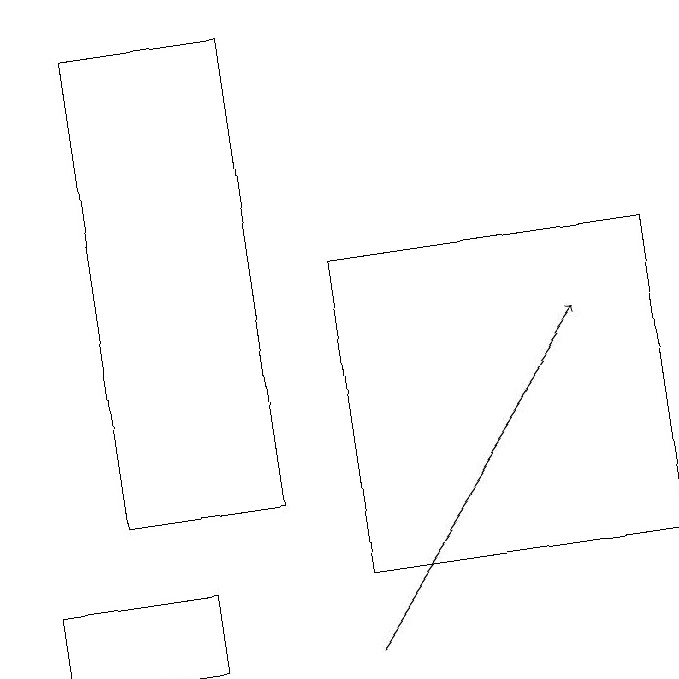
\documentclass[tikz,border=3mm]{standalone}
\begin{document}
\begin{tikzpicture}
\draw (3,12) rectangle (1,11);
\draw (5,12) rectangle (9,16);
\draw (4,19) rectangle (2,13);
\draw[->] (5,11) -- (8,15);
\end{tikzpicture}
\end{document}